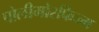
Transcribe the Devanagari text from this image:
पोलीमोरफिज्म